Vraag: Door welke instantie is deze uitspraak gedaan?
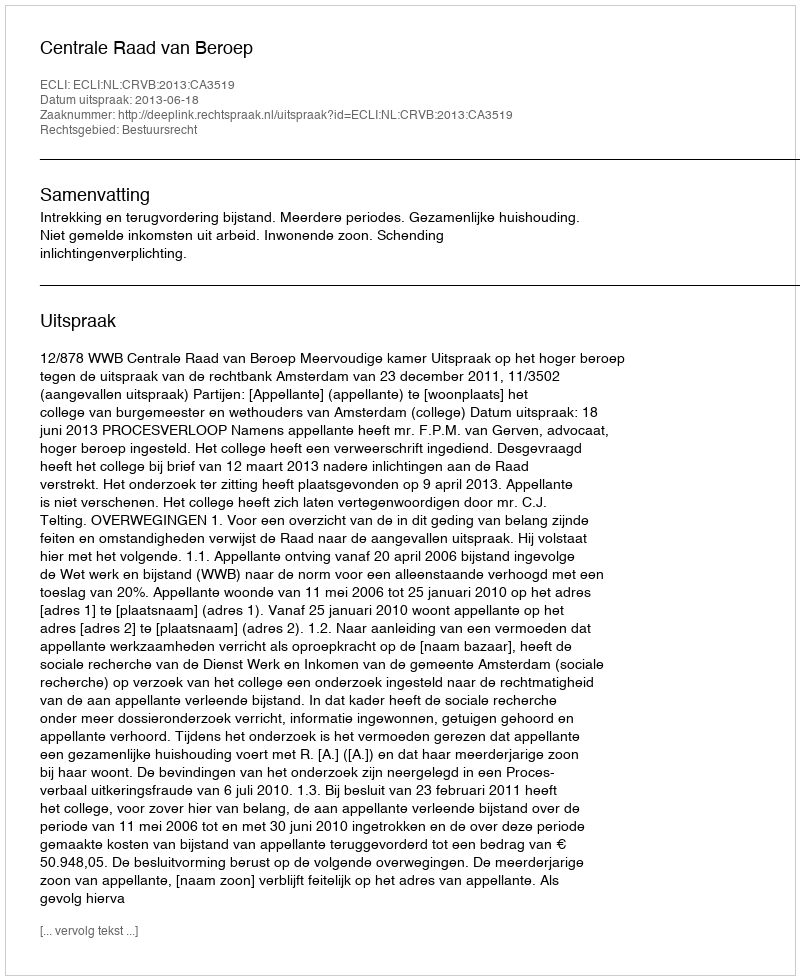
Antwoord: Centrale Raad van Beroep